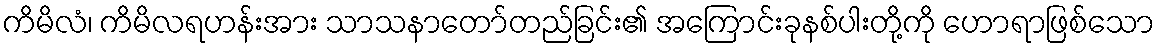
ကိမိလံ၊ ကိမိလရဟန်းအား သာသနာတော်တည်ခြင်း၏ အကြောင်းခုနစ်ပါးတို့ကို ဟောရာဖြစ်သော